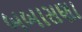
બબાસણા